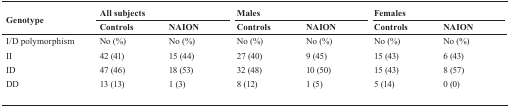
<table><thead><tr><td rowspan="2"><b>Genotype</b></td><td colspan="2"><b>All subjects</b></td><td colspan="2"><b>Males</b></td><td colspan="2"><b>Females</b></td></tr><tr><td><b>Controls</b></td><td><b>NAION</b></td><td><b>Controls</b></td><td><b>NAION</b></td><td><b>Controls</b></td><td><b>NAION</b></td></tr></thead><tbody><tr><td>I/D polymorphism</td><td>No (%)</td><td>No (%)</td><td>No (%)</td><td>No (%)</td><td>No (%)</td><td>No (%)</td></tr><tr><td>II</td><td>42 (41)</td><td>15 (44)</td><td>27 (40)</td><td>9 (45)</td><td>15 (43)</td><td>6 (43)</td></tr><tr><td>ID</td><td>47 (46)</td><td>18 (53)</td><td>32 (48)</td><td>10 (50)</td><td>15 (43)</td><td>8 (57)</td></tr><tr><td>DD</td><td>13 (13)</td><td>1 (3)</td><td>8 (12)</td><td>1 (5)</td><td>5 (14)</td><td>0 (0)</td></tr></tbody></table>